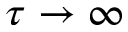
\tau \to \infty